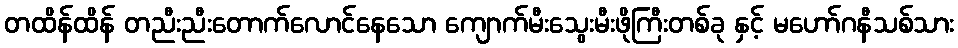
တထိန်ထိန် တညီးညီးတောက်လောင်နေသော ကျောက်မီးသွေးမီးဖိုကြီးတစ်ခု နှင့် မဟော်ဂနီသစ်သား